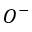
O ^ { - }